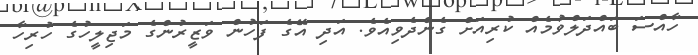
ހާއްސަ ބައްދަލްވުމެއް ކުރިއަށް ގެންދެވިއެވެ. އަދި އޭގެ ފަހުން ވަޒީރުންގެ މަޖިލީހުގެ ހުރިހާ